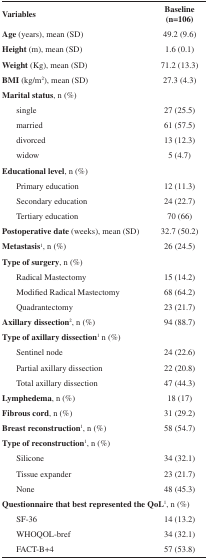
<table><thead><tr><td><b> Variables</b></td><td><b> Baseline (n=106)</b></td></tr></thead><tbody><tr><td><b>Age</b> (years), mean (SD)</td><td> 49.2 (9.6)</td></tr><tr><td><b>Height </b>(m), mean (SD)</td><td> 1.6 (0.1)</td></tr><tr><td><b>Weight</b> (Kg), mean (SD)</td><td> 71.2 (13.3)</td></tr><tr><td><b>BMI </b>(kg/m<sup>2</sup>), mean (SD)</td><td> 27.3 (4.3)</td></tr><tr><td><b>Marital status</b>, n (%)</td><td></td></tr><tr><td> single</td><td> 27 (25.5)</td></tr><tr><td> married</td><td> 61 (57.5)</td></tr><tr><td> divorced</td><td> 13 (12.3)</td></tr><tr><td> widow</td><td> 5 (4.7)</td></tr><tr><td><b>Educational level</b>, n (%)</td><td></td></tr><tr><td> Primary education</td><td> 12 (11.3)</td></tr><tr><td> Secondary education</td><td> 24 (22.7)</td></tr><tr><td> Tertiary education</td><td> 70 (66)</td></tr><tr><td><b>P</b><b>ostoperative date </b>(weeks), mean (SD)</td><td> 32.7 (50.2)</td></tr><tr><td><b>Metastasis</b><sup>1</sup>, n (%)</td><td> 26 (24.5)</td></tr><tr><td><b>Type of surgery</b>, n (%)</td><td></td></tr><tr><td> Radical Mastectomy</td><td> 15 (14.2)</td></tr><tr><td> Modified Radical Mastectomy</td><td> 68 (64.2)</td></tr><tr><td> Quadrantectomy</td><td> 23 (21.7)</td></tr><tr><td><b>Axillary dissection</b><sup>2</sup>, n (%)</td><td> 94 (88.7)</td></tr><tr><td><b>Type of </b><b>axillary dissection</b><sup>1</sup> n (%)</td><td></td></tr><tr><td> Sentinel node</td><td> 24 (22.6)</td></tr><tr><td> Partial axillary dissection </td><td> 22 (20.8)</td></tr><tr><td> Total axillary dissection </td><td> 47 (44.3)</td></tr><tr><td><b>Lymphedema</b>, n (%)</td><td> 18 (17)</td></tr><tr><td><b>Fibrous cord</b>, n (%) </td><td> 31 (29.2)</td></tr><tr><td><b>Breast reconstruction</b><sup>1</sup>, n (%)</td><td> 58 (54.7)</td></tr><tr><td><b>Type of reconstruction</b><sup>1</sup>, n (%)</td><td></td></tr><tr><td> Silicone</td><td> 34 (32.1)</td></tr><tr><td> Tissue expander</td><td> 23 (21.7)</td></tr><tr><td> None</td><td> 48 (45.3)</td></tr><tr><td colspan="2"><b>Questionnaire that best represented the </b><b>QoL</b><sup>1</sup>, n (%)</td></tr><tr><td> SF-36</td><td> 14 (13.2)</td></tr><tr><td> WHOQOL-bref</td><td> 34 (32.1)</td></tr><tr><td> FACT-B+4</td><td> 57 (53.8)</td></tr></tbody></table>